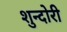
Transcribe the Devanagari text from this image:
शुन्दोरी